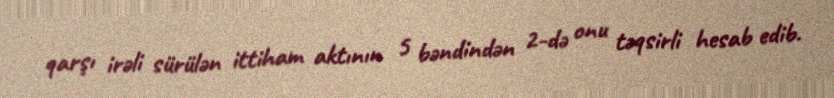
qarşı irəli sürülən ittiham aktının 5 bəndindən 2-də onu təqsirli hesab edib.